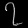
Digit: ၇